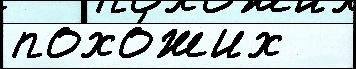
похо́жих